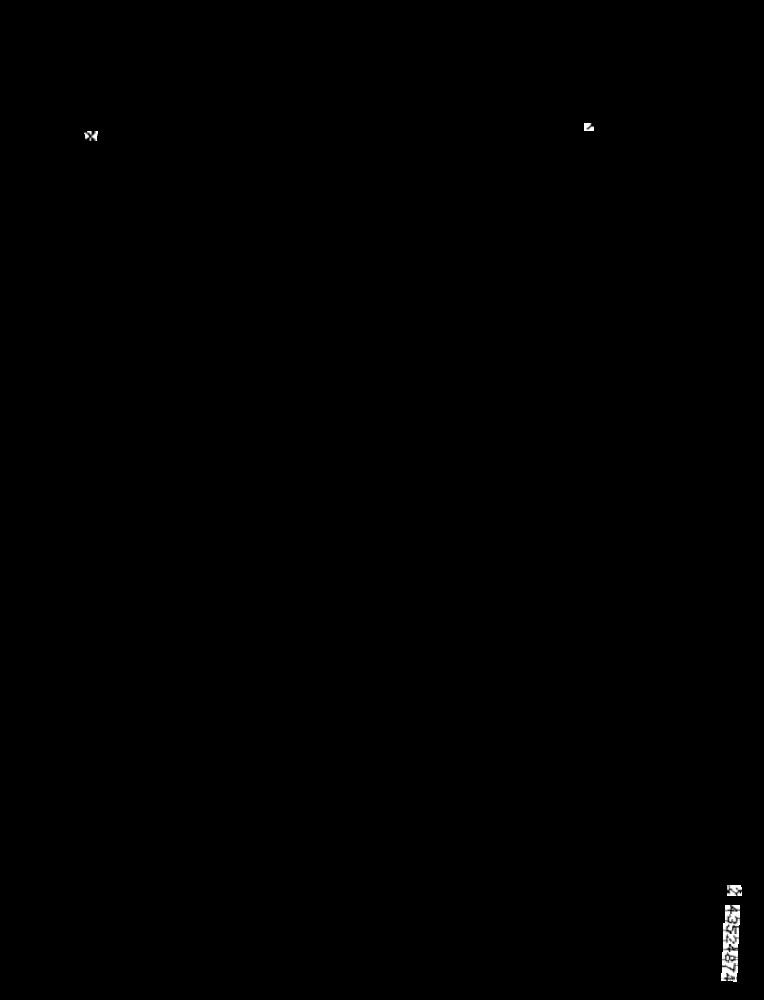
6 43-2874